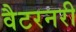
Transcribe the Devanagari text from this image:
वैटरनरी